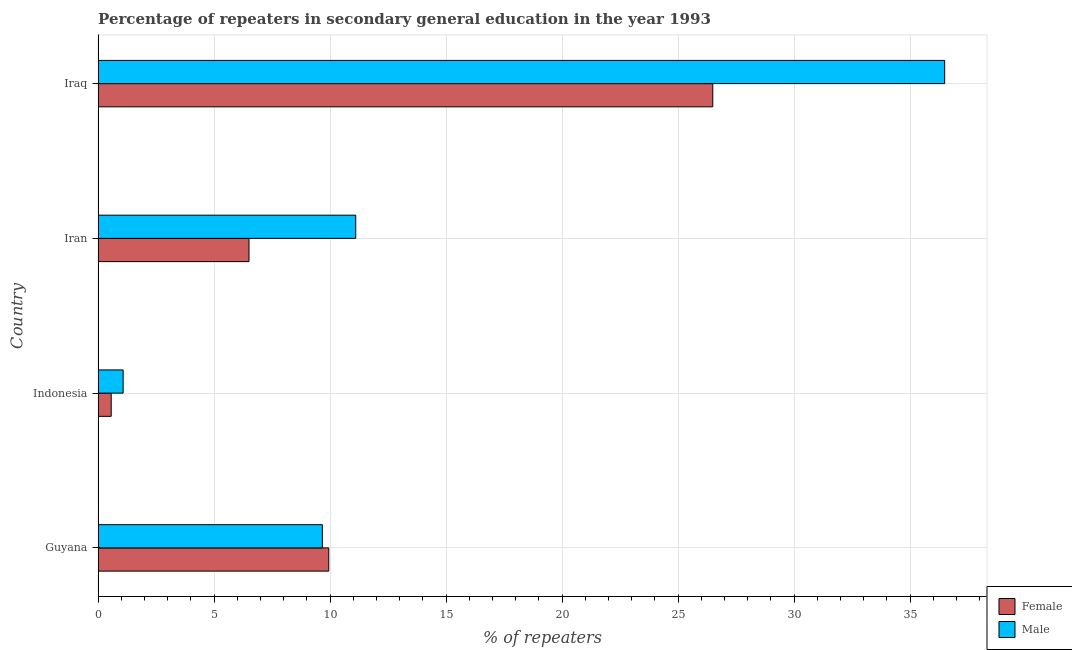
| Country | Female | Male |
 | --- | --- | --- |
 | Guyana | 9.94 | 9.67 |
 | Indonesia | 0.564 | 1.08 |
 | Iran | 6.5 | 11.1 |
 | Iraq | 26.5 | 36.5 |